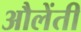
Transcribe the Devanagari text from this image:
औलेंती